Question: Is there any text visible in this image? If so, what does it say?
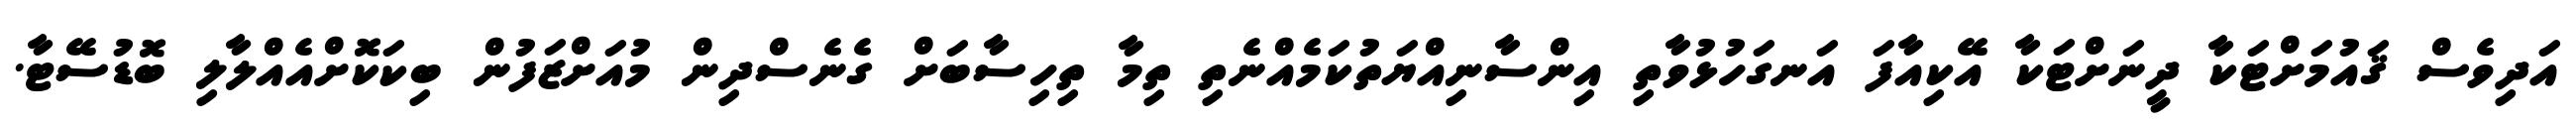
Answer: އަދިވެސް ޤައުމަށްޓަކާ ދީނަށްޓަކާ އޭކިއާފަ އަނގަހުޅުވާތި އިންސާނިއްޔަތުކަމެއްނެތި ތިމާ ތިހިސާބަށް ގެނެސްދިން މުއަށްޒަފުން ބިކަކޮށްއެއްލާލި ބޮޑުސޭޓާ.